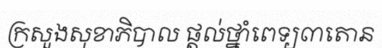
ក្រសួងសុខាភិបាល ផ្តល់ថ្នាំពេទ្យ៣តោន